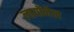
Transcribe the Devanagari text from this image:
लायॉनेल